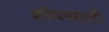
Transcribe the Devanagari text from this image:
शॉपसाठी